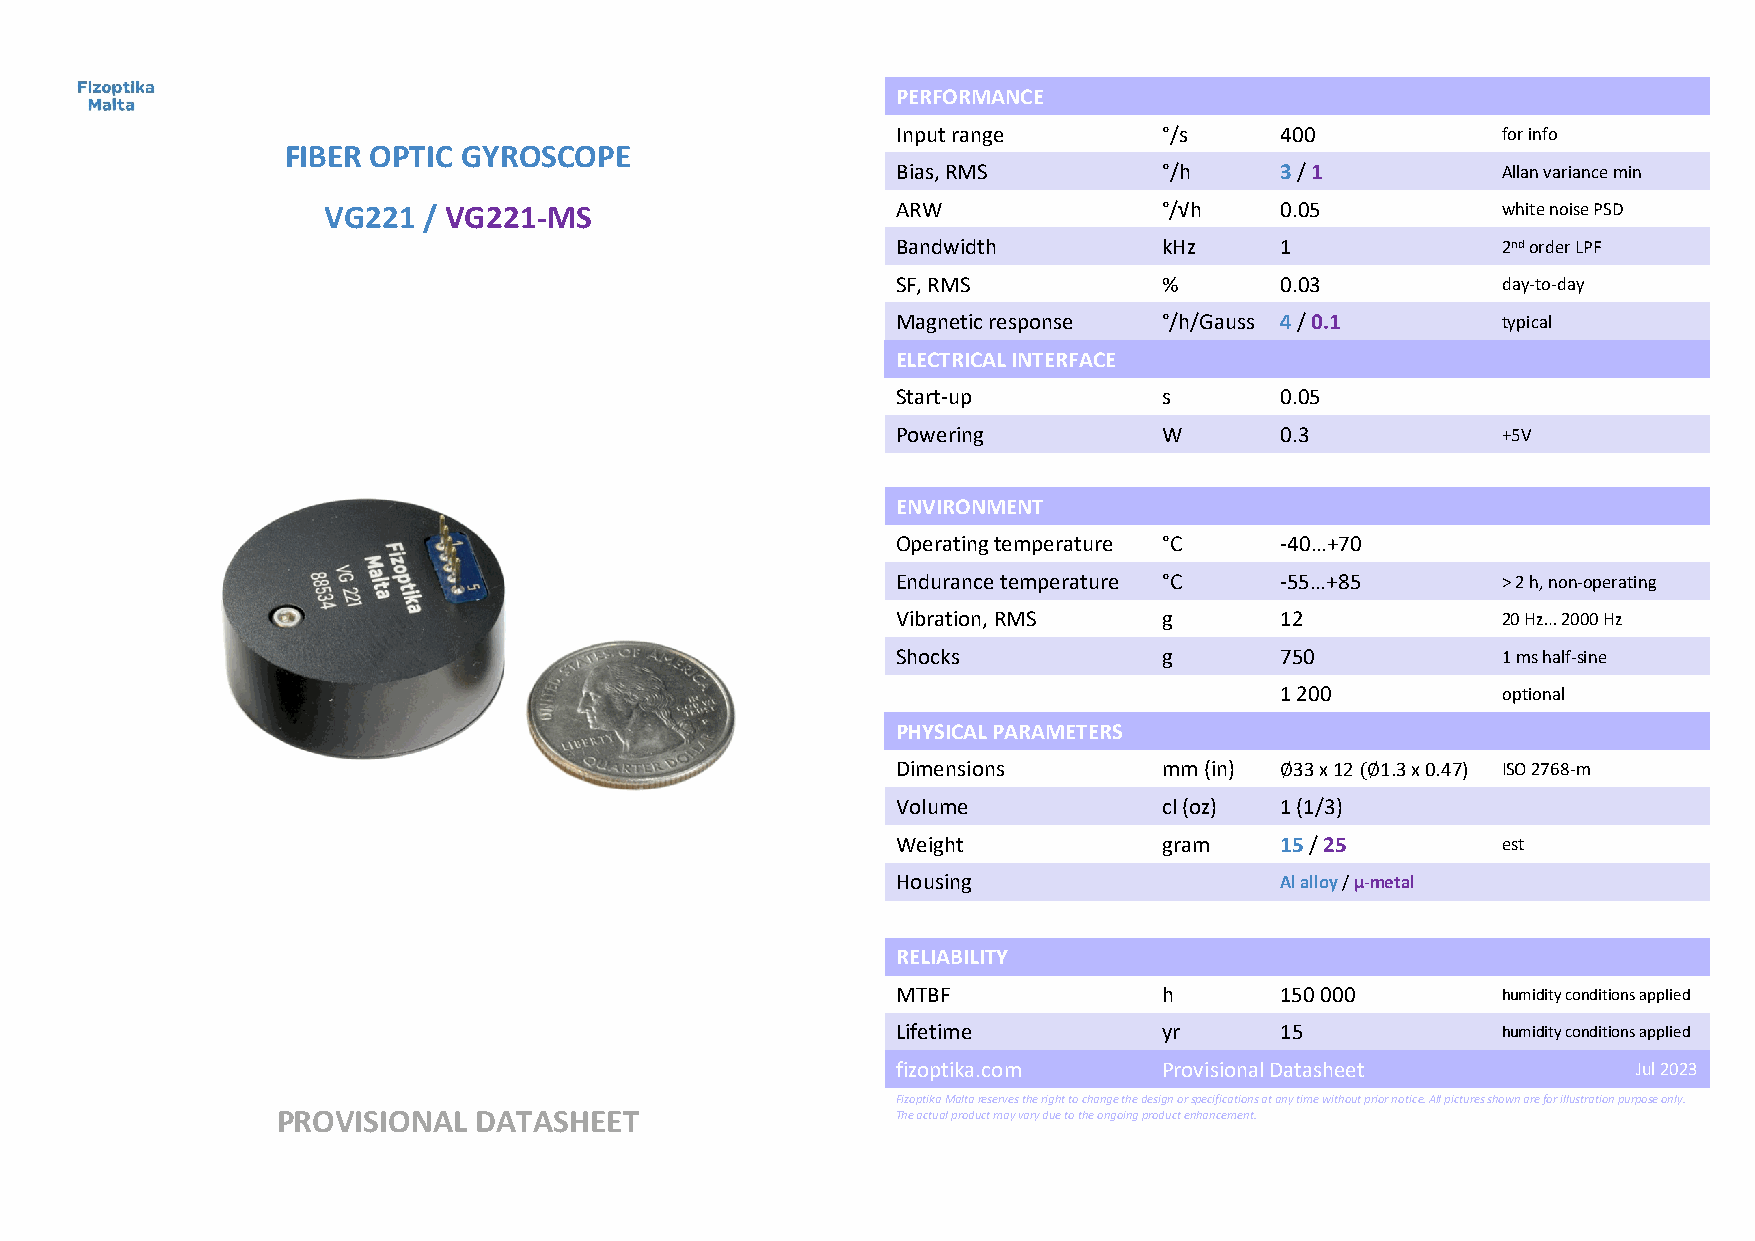
PERFORMANCE
 Input range       °/s     400           for info
 FIBER OPTIC GYROSCOPE
 Bias, RMS         °/h     3 / 1         Allan variance min
 VG221  / VG221-MS                     ARW               °/√h    0.05          white noise PSD
 Bandwidth         kHz     1             2nd order LPF
 SF, RMS           %       0.03          day-to-day
 Magnetic response °/h/Gauss 4 / 0.1     typical
 ELECTRICAL INTERFACE
 Start-up          s       0.05
 Powering          W       0.3           +5V
 ENVIRONMENT
 Operating temperature °C  -40…+70
 Endurance temperature °C  -55…+85       > 2 h, non-operating
 Vibration, RMS    g       12            20 Hz… 2000 Hz
 Shocks            g       750           1 ms half-sine
 1 200         optional
 PHYSICAL PARAMETERS
 Dimensions        mm (in)  33 x 12 1.3 x 0.47) ISO 2768-m
 Volume            cl (oz) 1 (1/3)
 ∅    (∅
 Weight            gram    15 / 25       est
 Housing                   Al alloy / μ-metal
 RELIABILITY
 MTBF              h       150 000       humidity conditions applied
 Lifetime          yr      15            humidity conditions applied
 fizoptika.com     Provisional Datasheet          Jul 2023
 Fizoptika Malta reserves the right to change the design or specifications at any time without prior notice. All pictures shown are for illustration purpose only.
 PROVISIONAL  DATASHEET                   The actual product may vary due to the ongoing product enhancement.